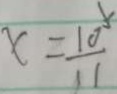
x = \frac { 1 0 } { 1 1 }